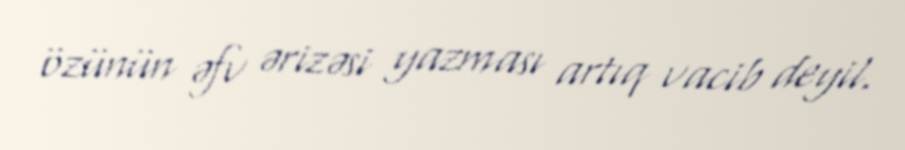
özünün əfv ərizəsi yazması artıq vacib deyil.